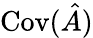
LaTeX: \operatorname{Cov}(\hat{A})